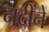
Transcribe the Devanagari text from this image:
नदींने